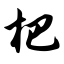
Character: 杷